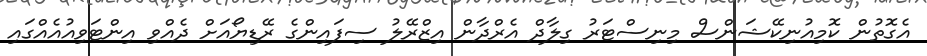
އެގޮތުން ކޮމިއުނިކޭޝަންސް މިނިސްޓަރު ގިލާދް އެރްދާން އިޒްރޭލު ސިފައިންގެ ރޭޑިޔޯއަށް ދެއްވި އިންޓަވިއުއެއްގައި